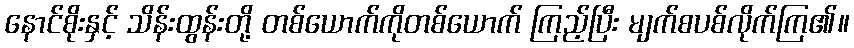
နောင်စိုးနှင့် သိန်းထွန်းတို့ တစ်ယောက်ကိုတစ်ယောက် ကြည့်ပြီး မျက်စပစ်လိုက်ကြ၏။